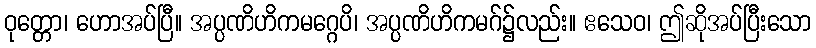
ဝုတ္တော၊ ဟောအပ်ပြီ။ အပ္ပဏိဟိကမဂ္ဂေပိ၊ အပ္ပဏိဟိကမဂ်၌လည်း။ ဧသေဝ၊ ဤဆိုအပ်ပြီးသော